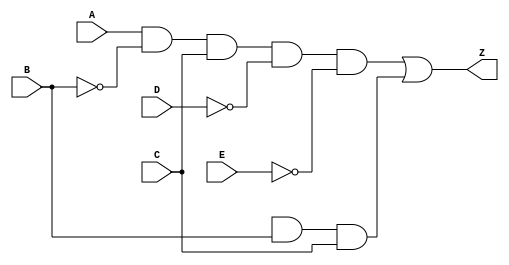
module comparator
(
    input A,
    input B,
    input C,
    input D,
    input E,
    output Z
);

wire B_,D_,E_,P,Q;
not(B_,B);
not(D_,D);
not(E_,E);
and(P,A,B_,C,D_,E_);
and(Q,A_,B,C);
or(Z,P,Q);

endmodule